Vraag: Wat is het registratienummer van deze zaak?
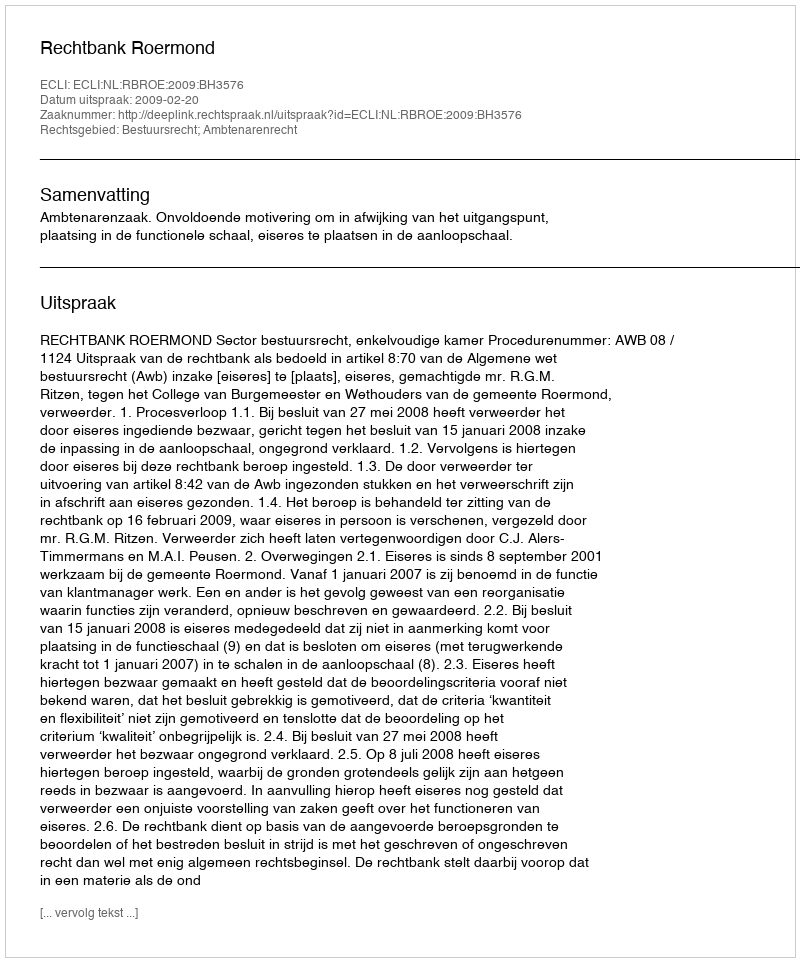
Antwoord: http://deeplink.rechtspraak.nl/uitspraak?id=ECLI:NL:RBROE:2009:BH3576